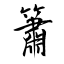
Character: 簫